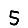
Digit: 5